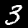
Label: 3